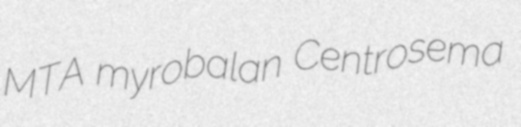
MTA myrobalan Centrosema